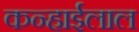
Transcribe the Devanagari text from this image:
कन्हाईलाल